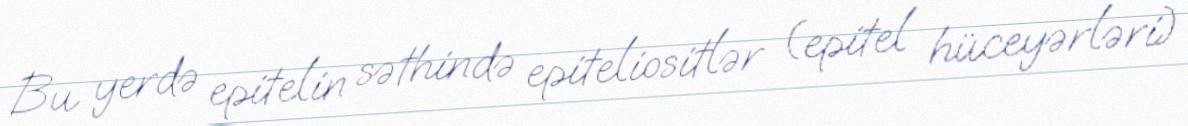
Bu yerdə epitelin səthində epiteliositlər (epitel hüceyərləri)